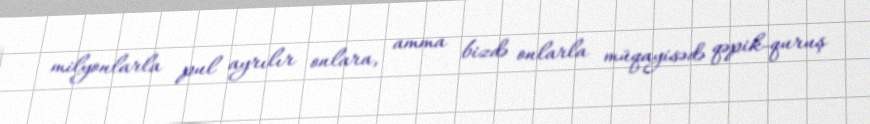
milyonlarla pul ayrılır onlara, amma bizdə onlarla müqayisədə qəpik-quruş